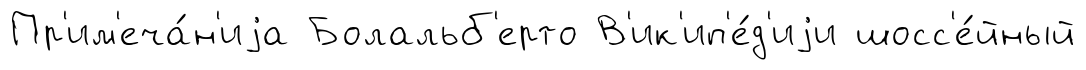
Пр'им'еча́н'иjа Болальб'ерто В'ик'ип'е́д'иjи шосс'е́йный